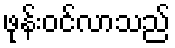
ဖုန်းဝင်လာသည်